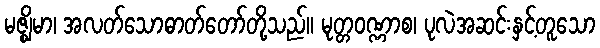
မဇ္ဈိမာ၊ အလတ်သောဓာတ်တော်တို့သည်။ မုတ္တဝဏ္ဏာစ၊ ပုလဲအဆင်းနှင့်တူသော